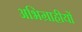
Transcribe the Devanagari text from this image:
अभिग्राहीयों